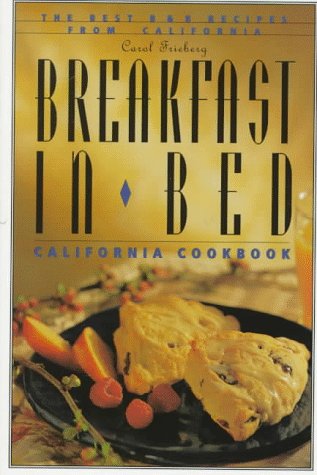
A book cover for Breakfast in Bed California Cookbook: The Best B and B Recipes from California (Breakfast in Bed Cookbook); Carol Frieberg; Travel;